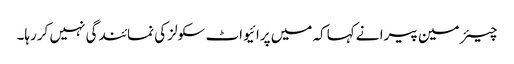
چیئر مین پیرا نے کہاکہ میں پرائیواٹ سکولز کی نمائندگی نہیں کررہا۔